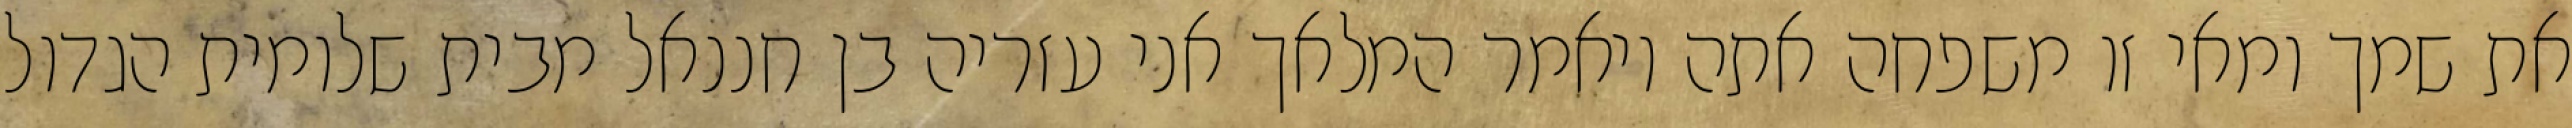
את שמך ומאי זו משפחה אתה ויאמר המלאך אני עזריה בן חננאל מבית שלומית הגדול